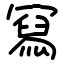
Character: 冩